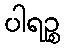
ပါရဉ္စ